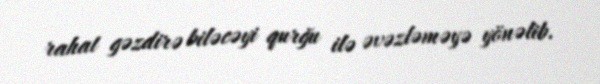
rahat gəzdirə biləcəyi qurğu ilə əvəzləməyə yönəlib.